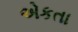
એકતા